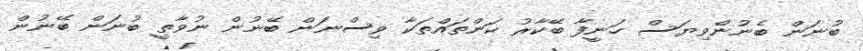
ބުނަން ބެނުންވިޔަސް ހަނީފާ ބޭކާރު ކަންތައްތަކާ ވިސްނަން ބޭނުން ނުވާތީ ބުނަން ބޭނުން